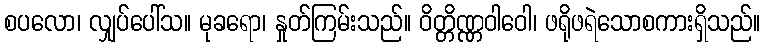
စပလော၊ လျှပ်ပေါ်သ။ မုခရော၊ နှုတ်ကြမ်းသည်။ ဝိတ္တိဏ္ဏဝါဝေါ၊ ဖရိုဖရဲသောစကားရှိသည်။